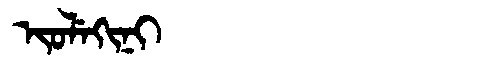
Manchu: ᡳᠣᠯᡝᡴᡳᠨᡳ
Romanization: IOLEKINI